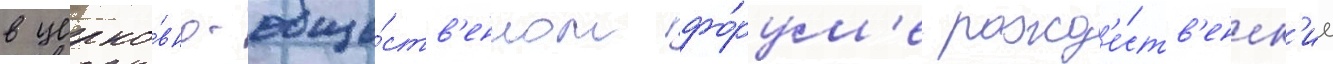
в церко́вно-обще́ств'енном фо́рум'е рожд'е́ств'енск'ие